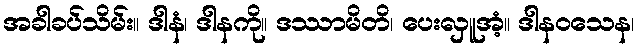
အခါခပ်သိမ်း။ ဒါနံ၊ ဒါနကို။ ဒဿာမိတိ၊ ပေးလှူအံ့။ ဒါနဝသေန၊